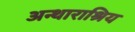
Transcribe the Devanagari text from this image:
अन्थाराश्रिय